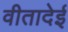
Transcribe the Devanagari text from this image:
वीतादेई